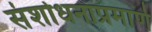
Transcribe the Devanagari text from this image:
संशोधनाप्रमाणे